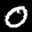
Label: 0